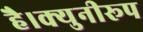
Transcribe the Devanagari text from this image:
है।क्युनीरूप